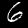
Label: 6